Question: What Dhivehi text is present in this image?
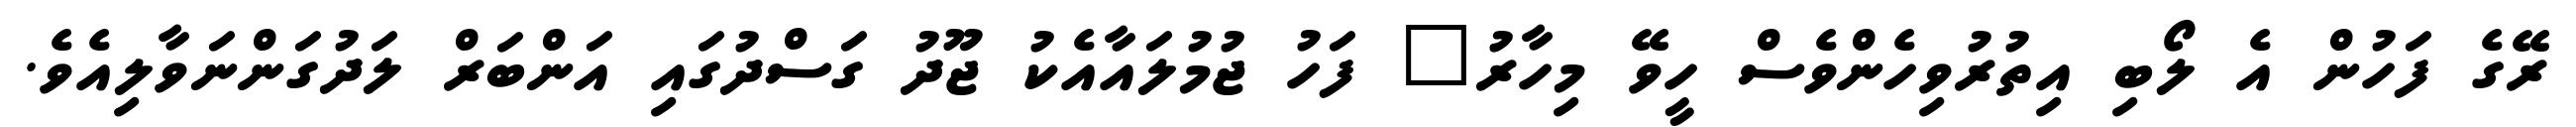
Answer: ރޭގެ ފަހުން އެ ލޯބި އިތުރުވިހެންވެސް ހީވޭ މިހާރު" ފަހު ޖުމުލައާއެކު ޖޫދު ގަސްދުގައި އަންބަރް ލަދުގަންނަވާލިއެވެ.